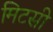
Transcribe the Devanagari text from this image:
मिटसी